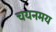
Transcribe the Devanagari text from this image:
चयनमय